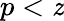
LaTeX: p<\mathit{z}